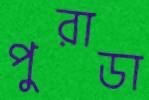
পুরাডা